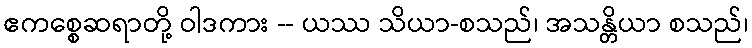
ဧကစ္စေဆရာတို့ ဝါဒကား -- ယဿ သိယာ-စသည်၊ အသန္တိယာ စသည်၊